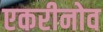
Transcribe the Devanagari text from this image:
एकरीनोव